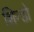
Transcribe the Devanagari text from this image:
शिन्डो